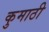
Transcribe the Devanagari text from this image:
कुमाठी